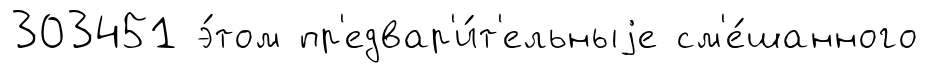
303451 э́том пр'едвар'и́т'ельныjе см'е́шанного